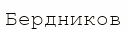
Бердников